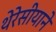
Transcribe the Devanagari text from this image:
थेरेसीयाने